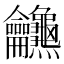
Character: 𪛖